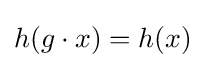
h(g\cdot x)=h(x)